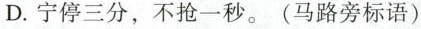
D.宁停三分，不抢一秒。(马路旁标语)